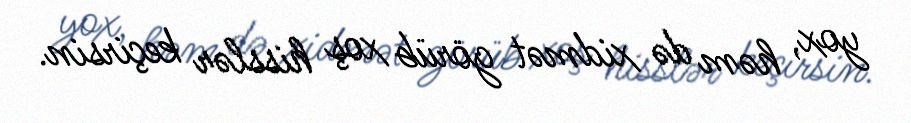
yox, həm də xidmət görüb xoş hisslər keçirsin.